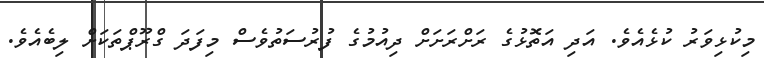
މިކުޅިވަރު ކުޅެއެވެ. އަދި އަތޮޅުގެ ރަށްރަށަށް ދިއުމުގެ ފުރުސަތުވެސް މިފަދަ ގްރޫޕްތަކަށް ލިބެއެވެ.